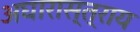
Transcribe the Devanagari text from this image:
अघारास्त्राय